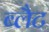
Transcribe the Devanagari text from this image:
ब्लैट